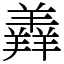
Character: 羴